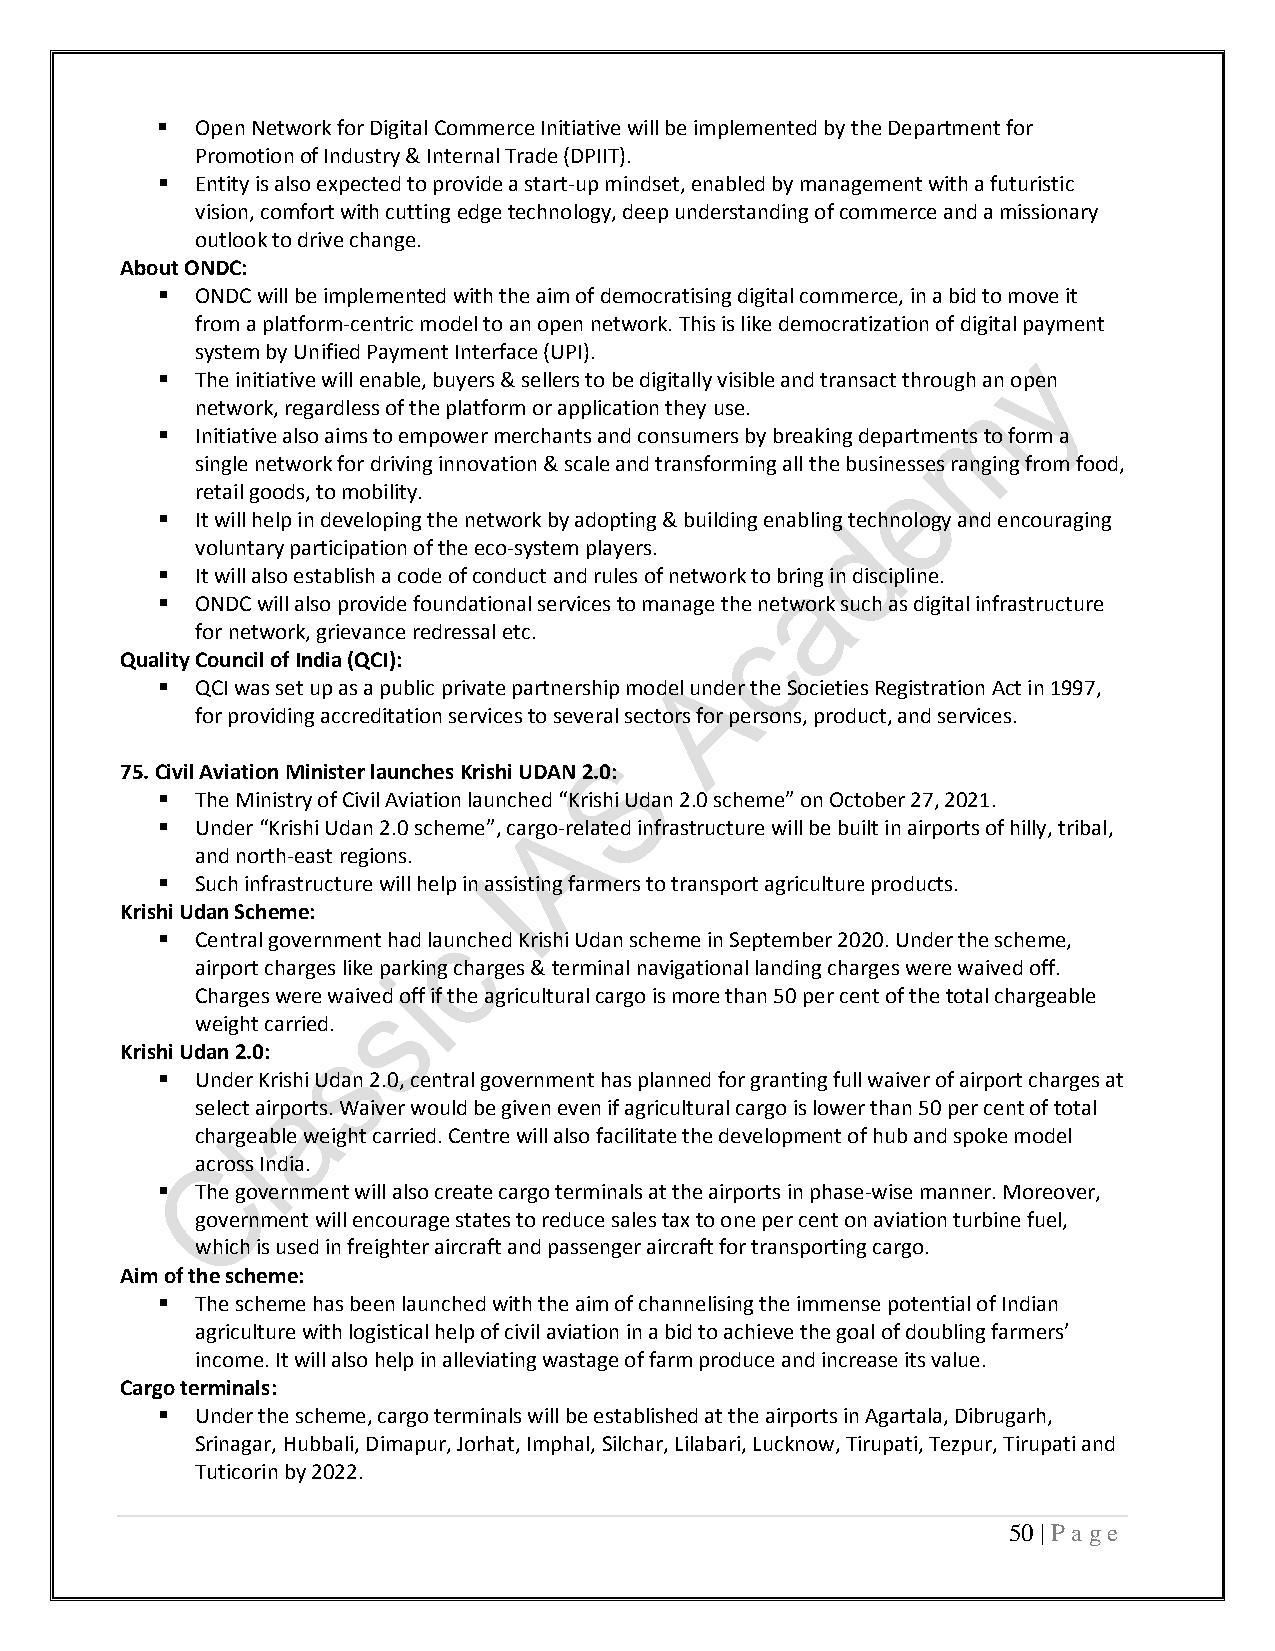
  Open Network for Digital Commerce Initiative will be implemented by the Department for
 Promotion of Industry & Internal Trade (DPIIT).
   Entity is also expected to provide a start-up mindset, enabled by management with a futuristic
 vision, comfort with cutting edge technology, deep understanding of commerce and a missionary
 outlook to drive change.
 About ONDC:
   ONDC will be implemented with the aim of democratising digital commerce, in a bid to move it
 from a platform-centric model to an open network. This is like democratization of digital payment
 system by Unified Payment Interface (UPI).
   The initiative will enable, buyers & sellers to be digitally visible and transact through an open
 network, regardless of the platform or application they use.
   Initiative also aims to empower merchants and consumers by breaking departments to form a
 single network for driving innovation & scale and transforming all the businesses ranging from food,
 retail goods, to mobility.
   It will help in developing the network by adopting & building enabling technology and encouraging
 voluntary participation of the eco-system players.
   It will also establish a code of conduct and rules of network to bring in discipline.
   ONDC will also provide foundational services to manage the network such as digital infrastructure
 for network, grievance redressal etc.
 Quality Council of India (QCI):
   QCI was set up as a public private partnership model under the Societies Registration Act in 1997,
 for providing accreditation services to several sectors for persons, product, and services.
 75. Civil Aviation Minister launches Krishi UDAN 2.0:
   The Ministry of Civil Aviation launched “Krishi Udan 2.0 scheme” on October 27, 2021.
   Under “Krishi Udan 2.0 scheme”, cargo-related infrastructure will be built in airports of hilly, tribal,
 and north-east regions.
   Such infrastructure will help in assisting farmers to transport agriculture products.
 Krishi Udan Scheme:
   Central government had launched Krishi Udan scheme in September 2020. Under the scheme,
 airport charges like parking charges & terminal navigational landing charges were waived off.
 Charges were waived off if the agricultural cargo is more than 50 per cent of the total chargeable
 weight carried.
 Krishi Udan 2.0:
   Under Krishi Udan 2.0, central government has planned for granting full waiver of airport charges at
 select airports. Waiver would be given even if agricultural cargo is lower than 50 per cent of total
 chargeable weight carried. Centre will also facilitate the development of hub and spoke model
 across India.
   The government will also create cargo terminals at the airports in phase-wise manner. Moreover,
 government will encourage states to reduce sales tax to one per cent on aviation turbine fuel,
 which is used in freighter aircraft and passenger aircraft for transporting cargo.
 Aim of the scheme:
   The scheme has been launched with the aim of channelising the immense potential of Indian
 agriculture with logistical help of civil aviation in a bid to achieve the goal of doubling farmers’
 income. It will also help in alleviating wastage of farm produce and increase its value.
 Cargo terminals:
   Under the scheme, cargo terminals will be established at the airports in Agartala, Dibrugarh,
 Srinagar, Hubbali, Dimapur, Jorhat, Imphal, Silchar, Lilabari, Lucknow, Tirupati, Tezpur, Tirupati and
 Tuticorin by 2022.
 50 | P a ge